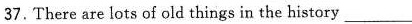
37.There are lots of old things in the history___